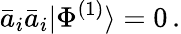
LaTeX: \bar{a}_{i}\bar{a}_{i}|\Phi^{(1)}\rangle=0\, .